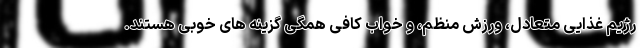
رژیم غذایی متعادل، ورزش منظم، و خواب کافی همگی گزینه های خوبی هستند.